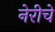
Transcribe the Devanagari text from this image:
नेरीचे